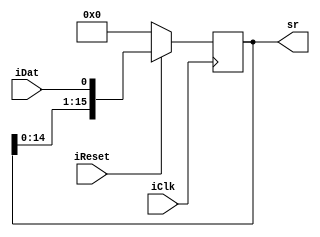
module Ques2_Reset(
	input iClk, iReset, iDat,
	output reg [15:0]sr
);

	always@(posedge iClk)
	begin
		if(!iReset) sr<=0;
		else sr <= {sr[14:0], iDat};
	end
endmodule